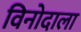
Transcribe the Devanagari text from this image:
विनोदाला